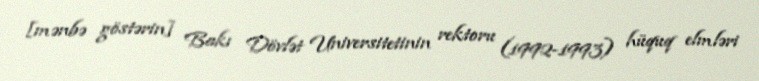
[mənbə göstərin] Bakı Dövlət Universitetinin rektoru (1992-1993) hüquq elmləri